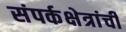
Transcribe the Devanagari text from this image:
संपर्कक्षेत्रांची